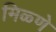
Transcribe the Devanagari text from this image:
मिळ्णे